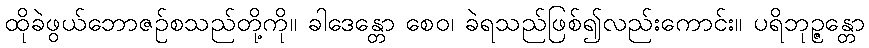
ထိုခဲဖွယ်ဘောဇဉ်စသည်တို့ကို။ ခါဒေန္တော စေဝ၊ ခဲရသည်ဖြစ်၍လည်းကောင်း။ ပရိဘုဉ္ဇန္တော